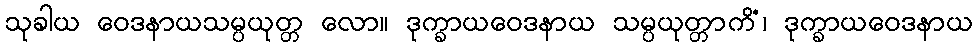
သုခါယ ဝေဒနာယသမ္ပယုတ္တ လော။ ဒုက္ခာယဝေဒနာယ သမ္ပယုတ္တာကိံ၊ ဒုက္ခာယဝေဒနာယ